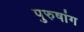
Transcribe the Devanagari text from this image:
पुरुषांग